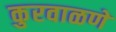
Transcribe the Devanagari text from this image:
कुरवाळणें